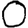
Digit: 0